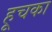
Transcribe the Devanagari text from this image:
हूचका